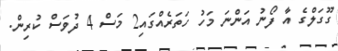
ގޫގަލްގެ އާ ފޯނު އަންނަ މަހު ހަތަރެއްގައި2 މަސް 4 ދުވަސް ކުރިން.